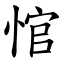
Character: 悺